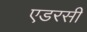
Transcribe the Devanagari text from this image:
एडरसी